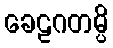
ခေဠဂတမ္ပိ